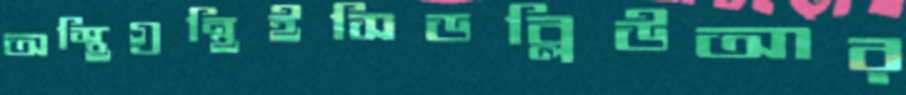
অস্থিগ্রন্থিইসিডব্লিউআর